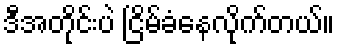
ဒီအတိုင်းပဲ ငြိမ်ခံနေလိုက်တယ်။